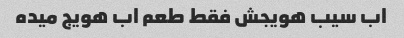
اب سیب هویجش فقط طعم اب هویج میده